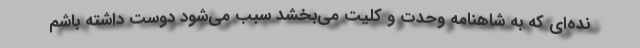
نده‌ای که به شاهنامه وحدت و کلیت می‌بخشد سبب می‌شود دوست داشته باشم